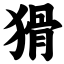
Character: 猾